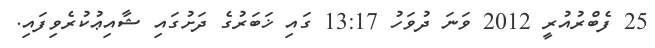
25 ފެބްރުއުރީ 2012 ވަނަ ދުވަހު 13:17 ގައި ޚަބަރުގެ ދަށުގައި ޝާއިޢުކުރެވިފައި.